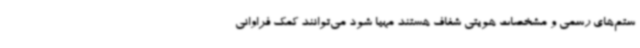
ستم‌های رسمی و مشخصات هویتی شفاف هستند مهیا شود می‌توانند کمک فراوانی